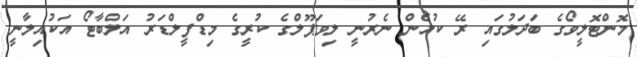
މޮންޓޮލީވޯގެ ބަދަލުގައި ރޭ ކުޅެން ނެރުނީ ލިވަޕޫލްގެ ކުރީގެ މިޑްފީލްޑަރު އަލްބާޓޯ އަކުއިލާނީ